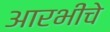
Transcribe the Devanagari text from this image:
आरभींचे